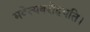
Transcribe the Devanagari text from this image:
भवेत्यवरोहयति।